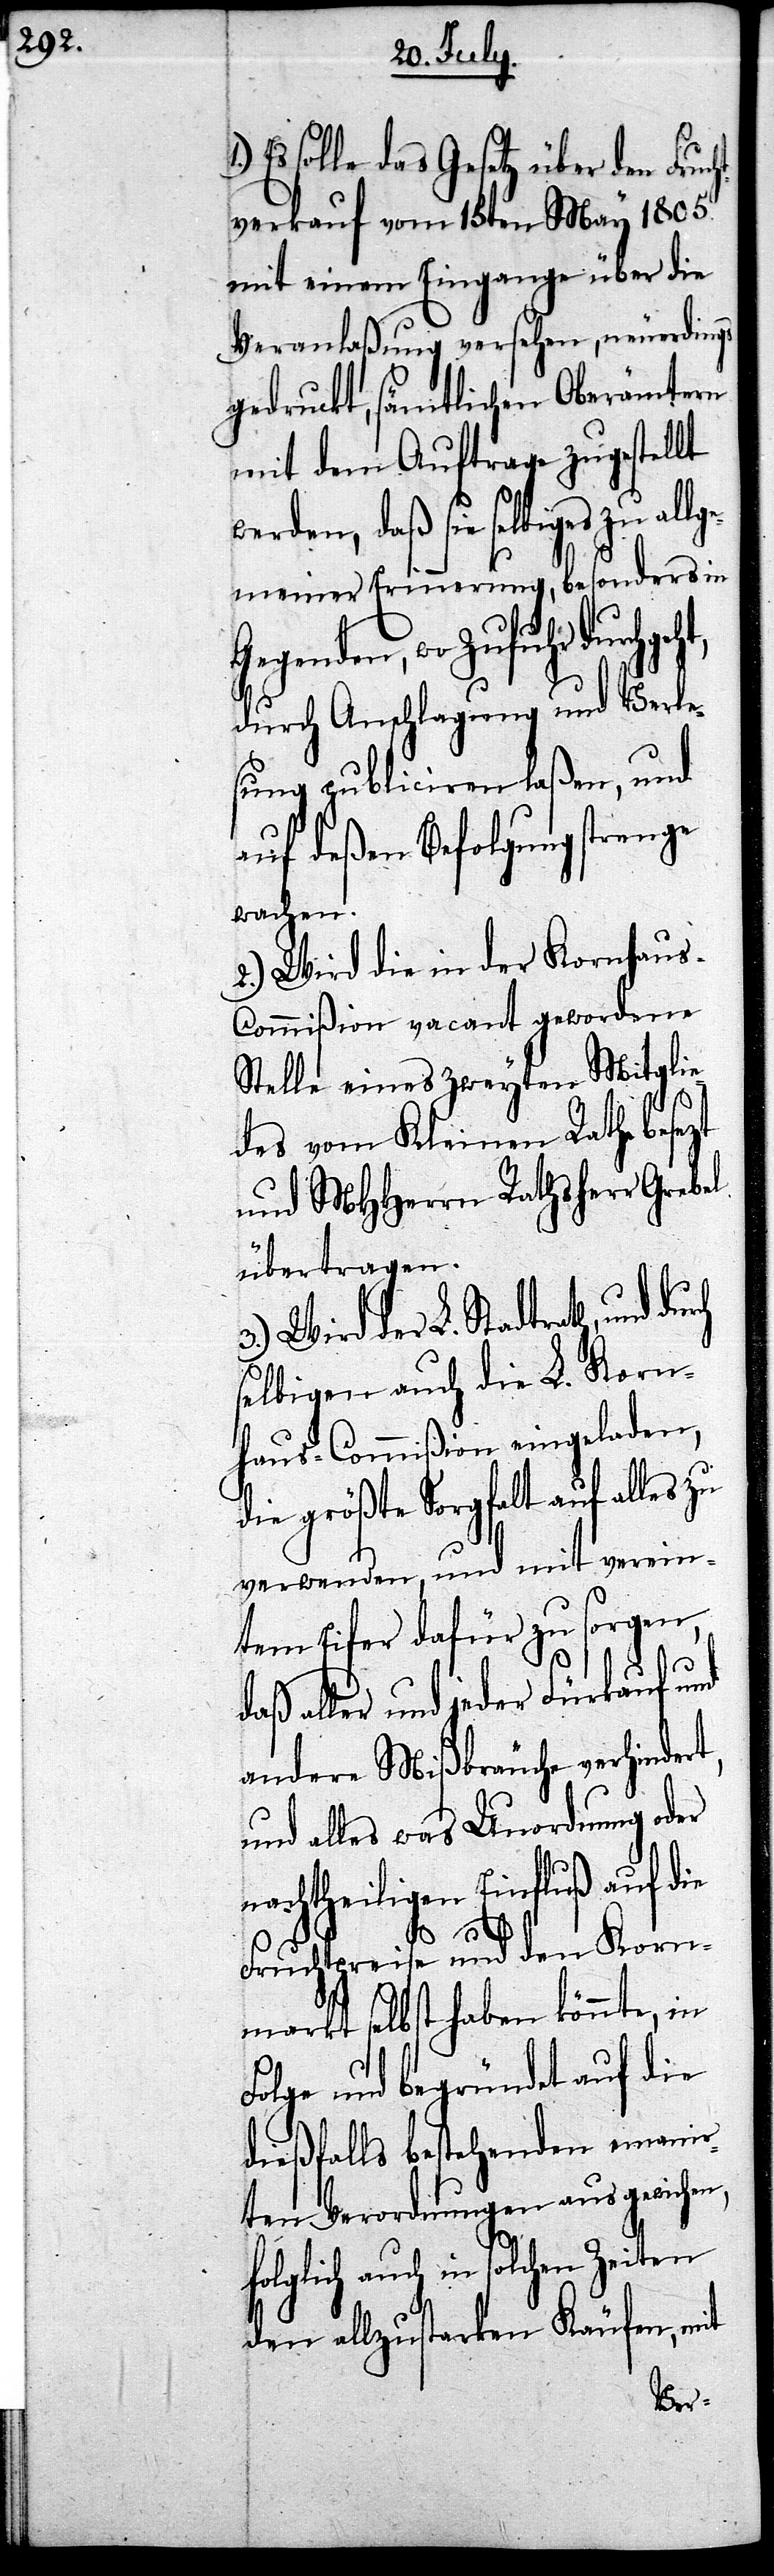
Es solle das Gesetz über den Fruc¬
verkauf vom 15ten May 1805.
mit einem Eingange über die
Veranlaßung versehen, neuerdings
gedruckt, sämtlichen Oberämtern
mit dem Auftrage zugestellt
werden, daß sie selbiges zu allg¬
emeiner Erinnerung, besonders in
Gegenden, wo Zufuhr durchge¬
durch Anschlagung und Verle¬
sung publiciren laßen, und
auf deßen Befolgung strenge
wachen.
2.) Wird die in der Kornhau¬
s-Commißion vacant gewordene
Stelle eines zweyten Mitglie¬
des vom Kleinen Rathe besezt
und MHHerrn Rathsherr Grebel
übertragen.
3.) Wird der L. Stadtrath, und
selbigen auch die L. Korn¬
haus-Commißion eingeladen,
die größte Sorgfalt auf alles
verwenden, und mit verein¬
tem Eifer dafür zu sorgen,
aller und jeder Fürkauf und
andere Mißbräuche verhinder¬
und alles was Unordnung oder
achtheiligen Einfluß auf die
n¬
Fruchtpreise und den Korn¬
markt selbst haben könnte, in
Folge und begründet auf die
dießfalls bestehenden emanir¬
ten Vorordnungen ausgewichen,
folglich auch in solchen Zeiten
den allzustarken Käufen, mit